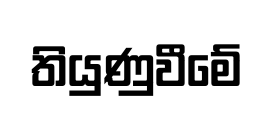
තියුණුවීමේ